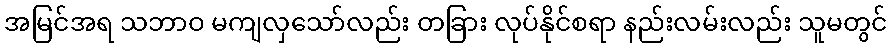
အမြင်အရ သဘာဝ မကျလှသော်လည်း တခြား လုပ်နိုင်စရာ နည်းလမ်းလည်း သူမတွင်